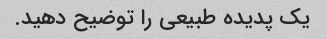
یک پدیده طبیعی را توضیح دهید.